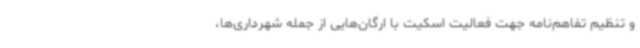
و تنظیم تفاهم‌نامه جهت فعالیت اسکیت با ارگان‌هایی از جمله شهرداری‌ها،